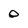
Character: o